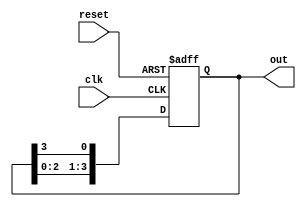
module ringcounter(
    input clk, 
    input reset,
    output reg [3:0] out
);

    reg [3:0] counter;

    always @(posedge clk or negedge reset) begin
        if (!reset) begin
            counter <= 4'b0001;
        end
        else begin
            counter <= {counter[2:0], counter[3]};
        end
    end

    always @ *
    begin
     out = counter;
end
endmodule